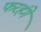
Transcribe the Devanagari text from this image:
फरहंगे